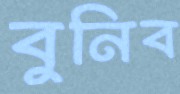
বুনিব